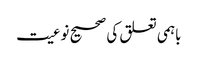
باہمی تعلق کی صحیح نوعیت